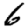
Digit: 6